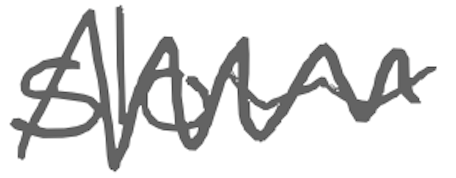
Text: slow
Cross-out: zig-zag
Writing tool: digital_gray